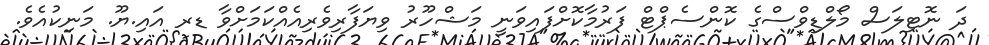
ދަ ނޮޓިލަސް މޯލްޑިވްސްގެ ކޮންސެޕްޓް ފަރުމާކޮށްފައިވަނީ މަޝްހޫރު ވިޔަފާރިވެރިއެއްކަމަށްވާ ޑރ އައި.ޔޫ. މަނިކުއެވެ.